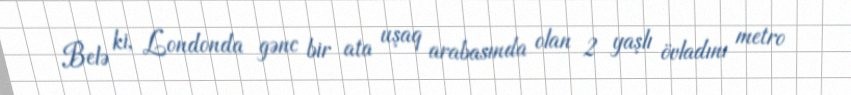
Belə ki, Londonda gənc bir ata uşaq arabasında olan 2 yaşlı övladını metro